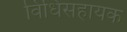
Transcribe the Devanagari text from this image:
विधिसहायक